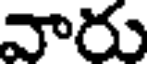
వారు